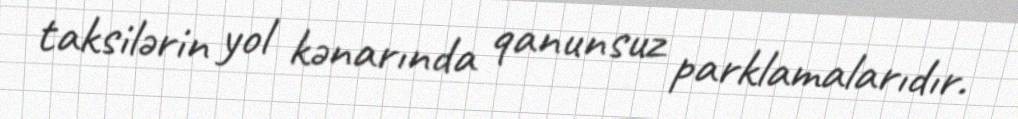
taksilərin yol kənarında qanunsuz parklamalarıdır.